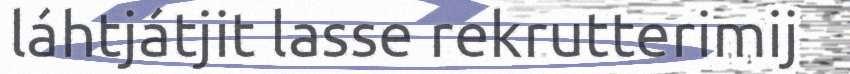
láhtjátjit lasse rekrutterimij